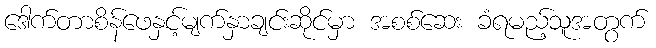
ဒေါက်တာစိန်ဖေနှင့်မျက်နှာချင်းဆိုင်မှာ အစစ်ဆေး ခံရမည့်သူအတွက်